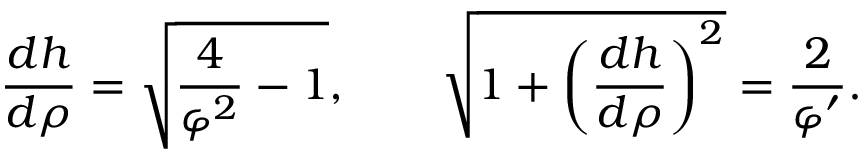
\frac { d h } { d \rho } = \sqrt { \frac { 4 } { \varphi ^ { 2 } } - 1 } , \qquad \sqrt { 1 + \left( \frac { d h } { d \rho } \right) ^ { 2 } } = \frac { 2 } { \varphi ^ { \prime } } .